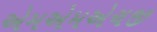
એમએમએચજી